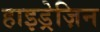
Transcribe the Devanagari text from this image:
हाइड्रेज़िन